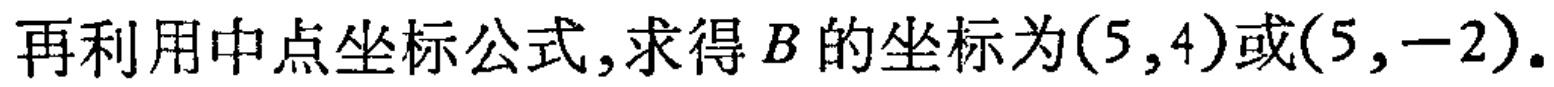
再利用中点坐标公式,求得\(B\)的坐标为\((5,4)\)或\((5,-2)\).